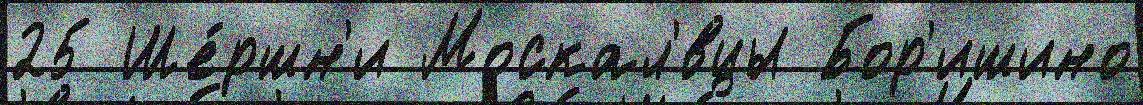
25 Ше́ршн'и Москал'́вцы Бор'ишино